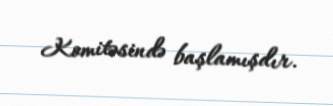
Komitəsində başlamışdır.